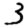
Digit: 3